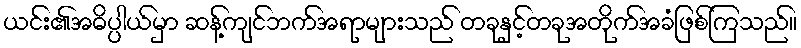
ယင်း၏အဓိပ္ပါယ်မှာ ဆန့်ကျင်ဘက်အရာများသည် တခုနှင့်တခုအတိုက်အခံဖြစ်ကြသည်။